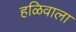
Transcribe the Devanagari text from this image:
हळिवाला